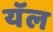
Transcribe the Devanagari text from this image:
यॅल